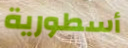
أسطورية